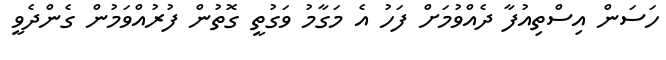
ހަސަން އިސްތިއުފާ ދެއްވުމަށް ފަހު އެ މަގާމު ވަގުތީ ގޮތުން ފުރުއްވަމުން ގެންދެވީ